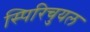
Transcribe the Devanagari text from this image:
स्पिरिचुयल